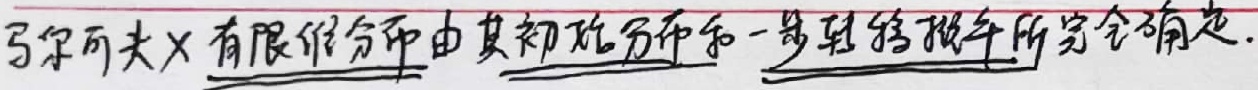
马尔可夫链有限维分布由其初始分布和一步转移概率所完全确定.